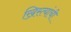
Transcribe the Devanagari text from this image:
ख्रिस्त्यांची